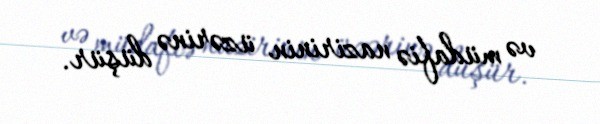
və müdafiə nazirinin üzərinə düşür.